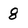
Character: 8